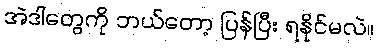
အဲဒါတွေကို ဘယ်တော့ ပြန်ပြီး ရနိုင်မလဲ။